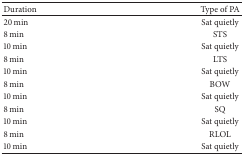
<table><thead><tr><td><b>Duration</b></td><td><b>Type of PA</b></td></tr></thead><tbody><tr><td>20 min</td><td>Sat quietly</td></tr><tr><td>8 min</td><td>STS</td></tr><tr><td>10 min</td><td>Sat quietly</td></tr><tr><td>8 min</td><td>LTS</td></tr><tr><td>10 min</td><td>Sat quietly</td></tr><tr><td>8 min</td><td>BOW</td></tr><tr><td>10 min</td><td>Sat quietly</td></tr><tr><td>8 min</td><td>SQ</td></tr><tr><td>10 min</td><td>Sat quietly</td></tr><tr><td>8 min</td><td>RLOL</td></tr><tr><td>10 min</td><td>Sat quietly</td></tr></tbody></table>